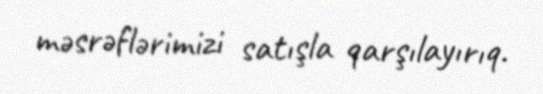
məsrəflərimizi satışla qarşılayırıq.